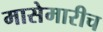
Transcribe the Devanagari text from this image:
मासेमारीच